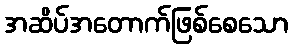
အဆိပ်အတောက်ဖြစ်စေသော